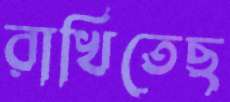
রাখিতেছ